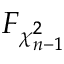
F _ { \chi _ { n - 1 } ^ { 2 } }